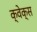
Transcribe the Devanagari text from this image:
क्वेक्स